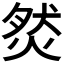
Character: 𤉷